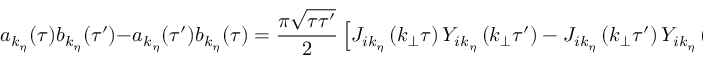
a _ { k _ { \eta } } ( \tau ) b _ { k _ { \eta } } ( \tau ^ { \prime } ) - a _ { k _ { \eta } } ( \tau ^ { \prime } ) b _ { k _ { \eta } } ( \tau ) = \frac { \pi \sqrt { \tau \tau ^ { \prime } } } { 2 } \left[ J _ { i k _ { \eta } } \left( k _ { \bot } \tau \right) Y _ { i k _ { \eta } } \left( k _ { \bot } \tau ^ { \prime } \right) - J _ { i k _ { \eta } } \left( k _ { \bot } \tau ^ { \prime } \right) Y _ { i k _ { \eta } } \left( k _ { \bot } \tau \right) \right] \; ,